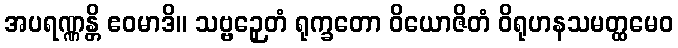
အပရဏ္ဏန္တိ ဧဝမာဒိ။ သဗ္ဗဉှေတံ ရုက္ခတော ဝိယောဇိတံ ဝိရုဟနသမတ္ထမေဝ